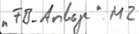
Text: "FB_Anlage".M2